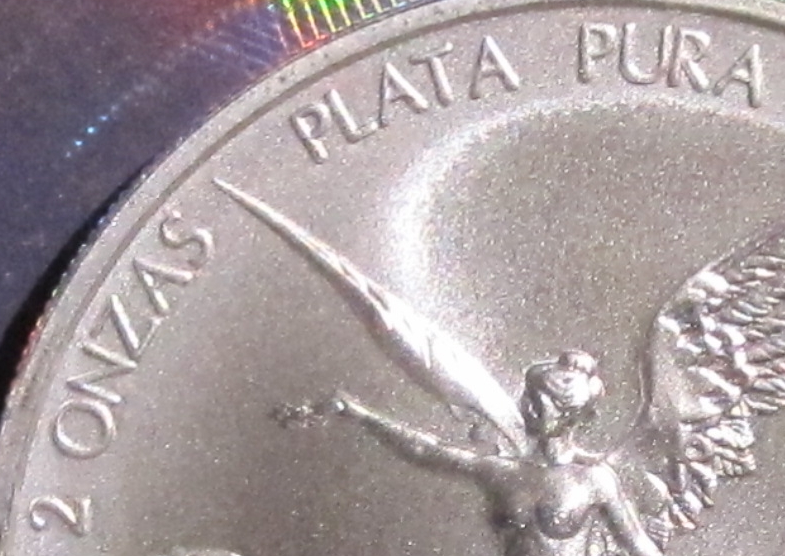
2 ONZAS PLATA PURA